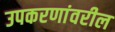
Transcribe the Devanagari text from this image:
उपकरणांवरील